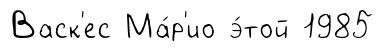
Васк'ес Ма́р'ио э́той 1985